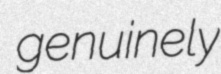
genuinely